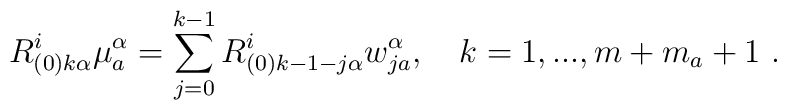
R^i_{(0)k\alpha}\mu^\alpha_a=\sum_{j=0}^{k-1}R^i_{(0)k-1-j\alpha}w^\alpha_{ja},\quad k=1,...,m+m_a+1\ .